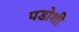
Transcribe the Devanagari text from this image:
पडोशी